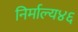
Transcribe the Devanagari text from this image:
निर्माल्य४६